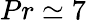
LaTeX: Pr\simeq 7